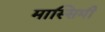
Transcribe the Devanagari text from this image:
मास्सिमी